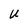
Character: U